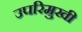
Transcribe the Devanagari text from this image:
उपरिमुखी